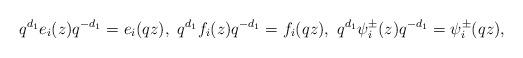
LaTeX: \begin{align*} q^{d_1}e_i(z)q^{-d_1}=e_i(qz),\ q^{d_1}f_i(z)q^{-d_1}=f_i(qz),\ q^{d_1}\psi^\pm_i(z)q^{-d_1}=\psi^\pm_i(qz),\end{align*}